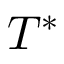
T ^ { * }